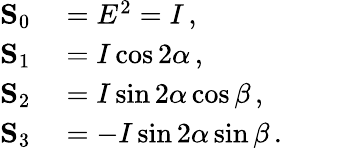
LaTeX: \begin{array}{rl}{\mathbf{S}_{0}}&{{}=E^{2}=I\, ,}\\ {\mathbf{S}_{1}}&{{}=I\cos 2\alpha\, ,}\\ {\mathbf{S}_{2}}&{{}=I\sin 2\alpha\cos\beta\, ,}\\ {\mathbf{S}_{3}}&{{}=-I\sin 2\alpha\sin\beta\, .\phantom{ZZZ}}\end{array}